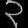
Digit: ၃